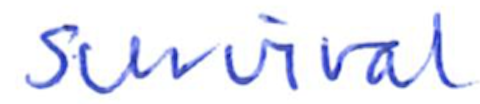
Text: survival
Cross-out: clean
Writing tool: ballpoint